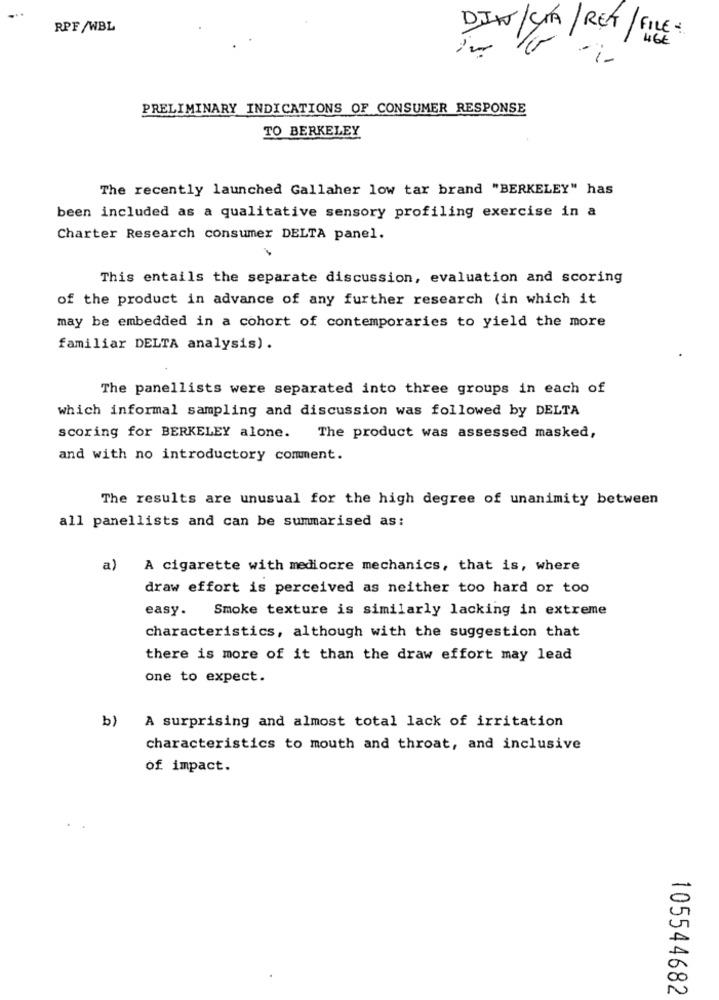
RPF /WBL
DIW/CIA/RET/FILE
PRELIMINARY INDICATIONS OF CONSUMER RESPONSE
TO BERKELEY
The recently launched Gallaher low tar brand "BERKELEY" has
been included as a qualitative sensory profiling exercise in a
Charter Research consumer DELTA panel.
This entails the separate discussion, evaluation and scoring
of the product in advance of any further research (in which it
may be embedded in a cohort of contemporaries to yield the more
familiar DELTA analysis).
The panellists were separated into three groups in each of
which informal sampling and discussion was followed by DELTA
scoring for BERKELEY alone.
The product was assessed masked,
and with no introductory comment.
The results are unusual for the high degree of unanimity between
all panellists and can be summarised as:
a)
A cigarette with mediocre mechanics, that is, where
draw effort is perceived as neither too hard or too
easy. Smoke texture is similarly lacking in extreme
characteristics, although with the suggestion that
there is more of it than the draw effort may lead
one to expect.
b) A surprising and almost total lack of irritation
characteristics to mouth and throat, and inclusive
of impact.
105544682